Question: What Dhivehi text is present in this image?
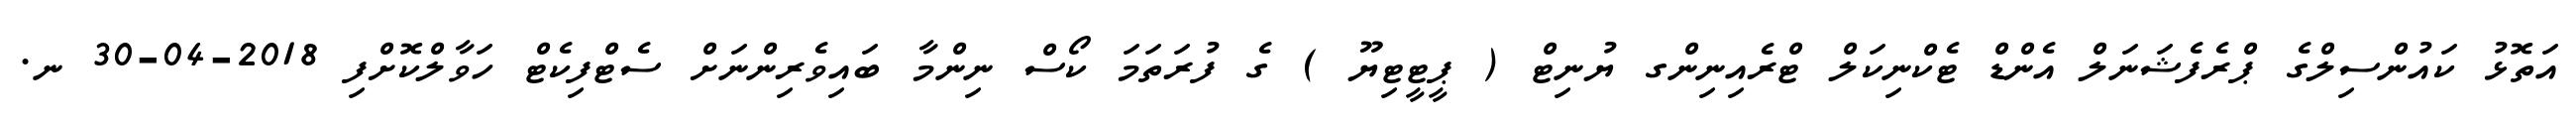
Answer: އަތޮޅު ކައުންސިލްގެ ޕްރެފެޝަނަލް އެންޑް ޓެކްނިކަލް ޓްރެއިނިންގ ޔުނިޓް ( ޕީޓީޓިޔޫ ) ގެ ފުރަތަމަ ކޯސް ނިންމާ ބައިވެރިންނަށް ސެޓްފިކެޓް ހަވާލްކޮށްފި 2018-04-30 ނ.